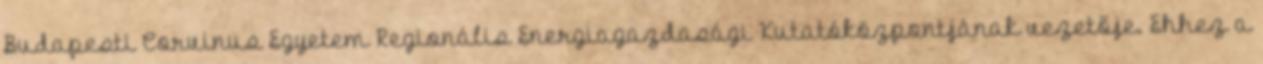
Budapesti Corvinus Egyetem Regionális Energiagazdasági Kutatóközpontjának vezetője. Ehhez a